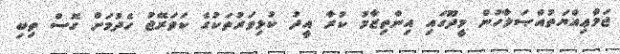
ޖަމްޢިއްޔަތުއްޞަލާހުން މީދޫގައި އިންތިޒާމު ކުރާ އީދު ކުޅިވަރުތަކުގެ ކަވަރޭޖު ހެދުމަށް ގޮސް ތިބި